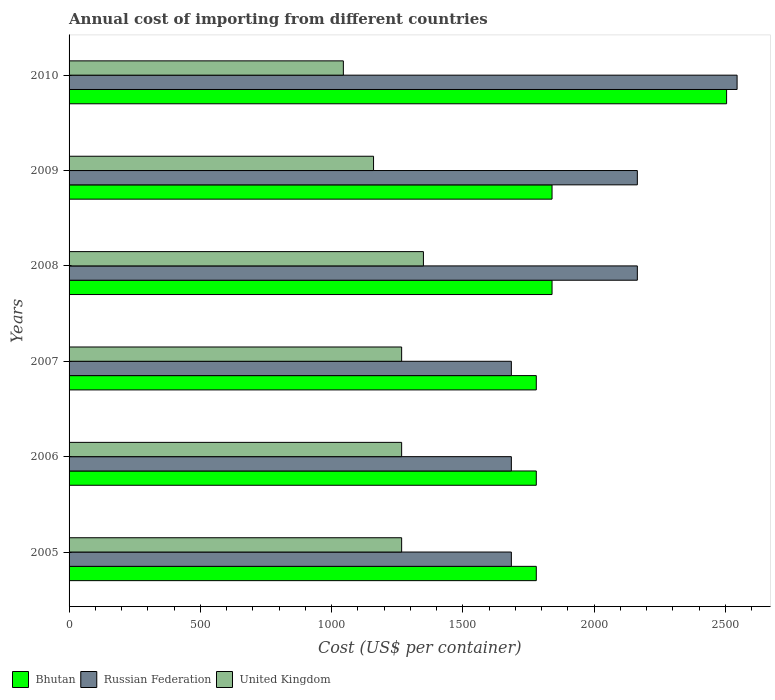
| Years | Bhutan | Russian Federation | United Kingdom |
 | --- | --- | --- | --- |
 | 2005 | 1.78e+03 | 1.68e+03 | 1.27e+03 |
 | 2006 | 1.78e+03 | 1.68e+03 | 1.27e+03 |
 | 2007 | 1.78e+03 | 1.68e+03 | 1.27e+03 |
 | 2008 | 1.84e+03 | 2.16e+03 | 1.35e+03 |
 | 2009 | 1.84e+03 | 2.16e+03 | 1.16e+03 |
 | 2010 | 2.50e+03 | 2.54e+03 | 1.04e+03 |